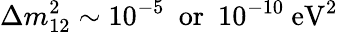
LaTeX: \Delta m_{12}^{2}\sim 10^{-5}~~\mathrm{or}~~10^{-10}~\mathrm{eV}^{2}